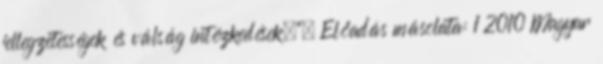
jellegzetességek és válság intézkedések."— Előadás másolata: 1 2010 Magyar